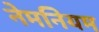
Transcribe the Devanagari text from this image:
नेमनियम